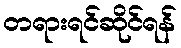
တရားရင်ဆိုင်ရန်